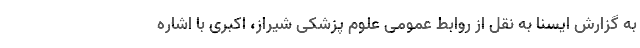
به گزارش ایسنا به نقل از روابط عمومی علوم پزشکی شیراز، اکبری با اشاره